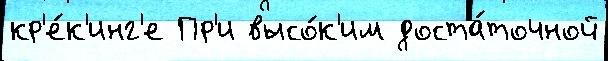
кр'е́к'инг'е Пр'и высо́к'им доста́точной